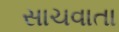
સાચવાતા